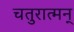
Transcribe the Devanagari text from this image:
चतुरात्मन्